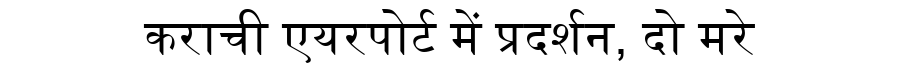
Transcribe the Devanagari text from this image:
कराची एयरपोर्ट में प्रदर्शन, दो मरे